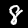
Label: 8